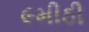
૯મીઠી